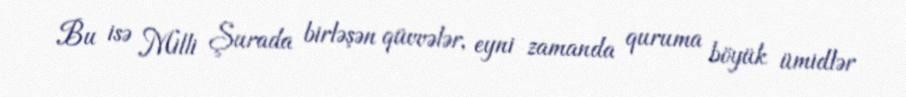
Bu isə Milli Şurada birləşən qüvvələr, eyni zamanda quruma böyük ümidlər